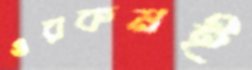
ওরকমই